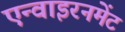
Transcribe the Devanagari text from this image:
एन्वाइरनमेंट